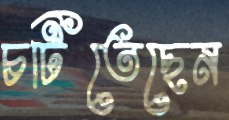
চটিতেছেন